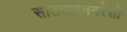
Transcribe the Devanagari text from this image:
सातवाहननरेशों